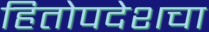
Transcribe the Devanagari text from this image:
हितोपदेशचा